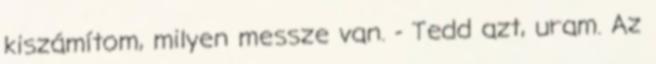
kiszámítom, milyen messze van. - Tedd azt, uram. Az